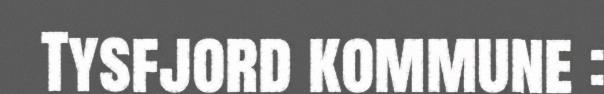
Tysfjord kommune :